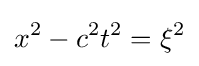
x^{2}-c^{2}t^{2}=\xi ^{2}